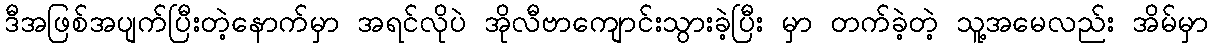
ဒီအဖြစ်အပျက်ပြီးတဲ့နောက်မှာ အရင်လိုပဲ အိုလီဗာကျောင်းသွားခဲ့ပြီး မှာ တက်ခဲ့တဲ့ သူ့အမေလည်း အိမ်မှာ